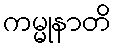
ကမ္မုနာတိ